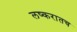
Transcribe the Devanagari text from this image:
लष्करातच